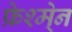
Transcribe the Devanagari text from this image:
फ्रेश्मे्न